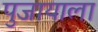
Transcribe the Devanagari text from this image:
पुजायाला